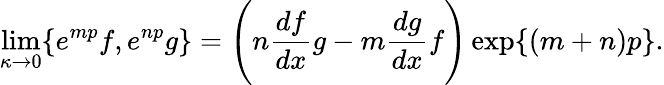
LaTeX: \operatorname*{lim}_{\kappa\to 0}\{ e^{mp}f,e^{np}g\} =\Bigg(n\frac{df}{dx}g-m\frac{dg}{dx}f\Bigg)\exp\{ (m+n)p\} .